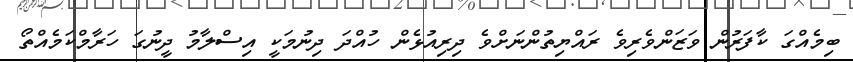
ބިމެއްގަ ކާފަރުން ވަޒަންވެރިވެ ރައްޔިތުންނަށްވެ ދިރިއުޅެން ހުއްދަ ދިނުމަކީ އިސްލާމު ދީނުގަ ހަރާމްކަމެއްތޯ